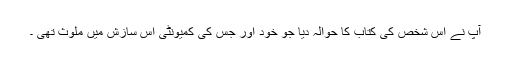
آپ نے اُس شخص کی کتاب کا حوالہ ديا جو خود اور جس کی کميونٹی اس سازش ميں ملوث تھی ۔